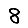
Digit: 8